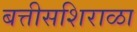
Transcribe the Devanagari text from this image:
बत्तीसशिराळा